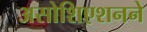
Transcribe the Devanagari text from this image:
असोशिएशनने